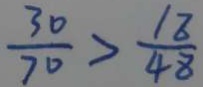
\frac { 3 0 } { 7 0 } > \frac { 1 8 } { 4 8 }